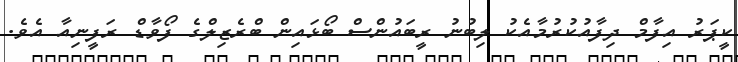
ކީޕަރު އިފާމް ދިފާއުކުރުމާއެކު ލިބުނު ރީބައުންސް ބޯޅައިން ބްރެޒިލްގެ ފޯވާޑް ރަފީނިއާ އެވެ.